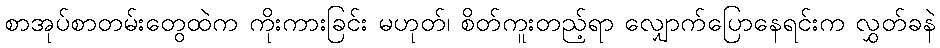
စာအုပ်စာတမ်းတွေထဲက ကိုးကားခြင်း မဟုတ်၊ စိတ်ကူးတည့်ရာ လျှောက်ပြောနေရင်းက လွှတ်ခနဲ